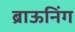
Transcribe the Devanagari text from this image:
ब्राऊनिंग